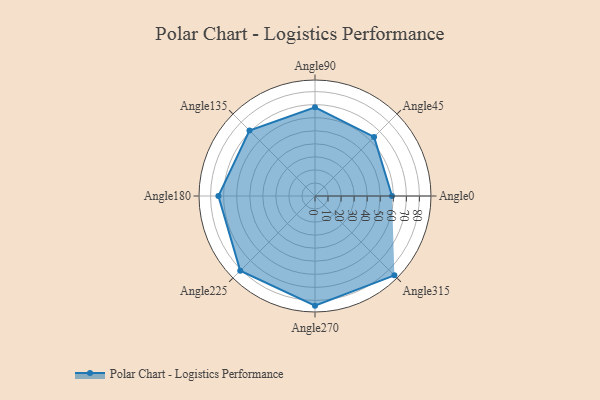
{"axis": {"x": "Angle", "y": "Radius"}, "legend": [""], "data": [{"x": "Angle0", "y": 59.0, "type": ""}, {"x": "Angle45", "y": 64.0, "type": ""}, {"x": "Angle90", "y": 68.0, "type": ""}, {"x": "Angle135", "y": 71.0, "type": ""}, {"x": "Angle180", "y": 74.0, "type": ""}, {"x": "Angle225", "y": 81.0, "type": ""}, {"x": "Angle270", "y": 84.0, "type": ""}, {"x": "Angle315", "y": 86.0, "type": ""}]}